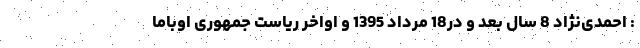
: احمدی‌نژاد 8 سال بعد و در18 مرداد 1395 و اواخر ریاست جمهوری اوباما